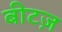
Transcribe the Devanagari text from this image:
बीटज़